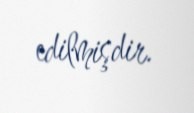
edilmişdir.